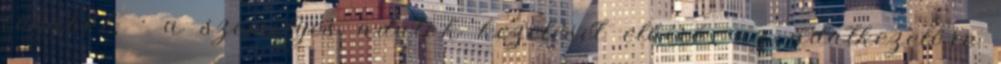
céljából; · a személyes adatok kezelését előíró, az adatkezelőre